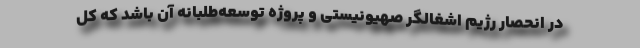
در انحصار رژیم اشغالگر صهیونیستی و پروژه توسعه‌طلبانه آن باشد که کل